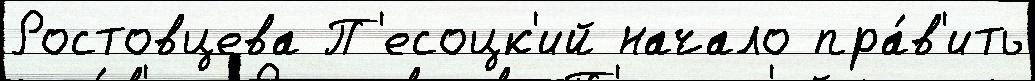
Ростовцева П'есоцк'ий начало пра́в'ить